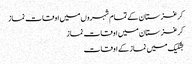
کرغزستان کے تمام شہروں میں اوقات نماز
کرغزستان میں اوقات نماز
بشکیک میں نماز کے اوقات